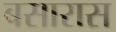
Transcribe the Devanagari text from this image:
बसारास